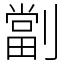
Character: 劏